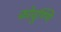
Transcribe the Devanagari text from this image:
कोवुण्णि